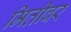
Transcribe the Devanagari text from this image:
मितीवर